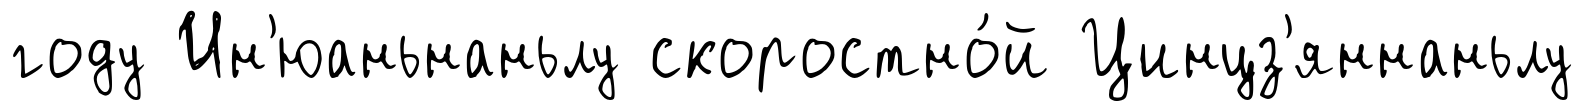
году Ин'юаньнаньлу скоростно́й Цинцз'яннаньлу